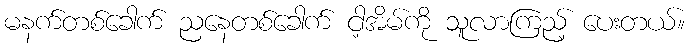
မနက်တစ်ခေါက် ညနေတစ်ခေါက် ငါ့အိမ်ကို သူလာကြည့် ပေးတယ်။